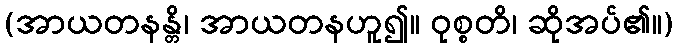
(အာယတနန္တိ၊ အာယတနဟူ၍။ ဝုစ္စတိ၊ ဆိုအပ်၏။)